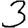
Digit: 3